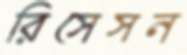
রিসেসন